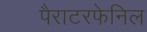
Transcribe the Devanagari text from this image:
पैराटरफेनिल